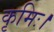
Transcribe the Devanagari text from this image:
कृमिः।